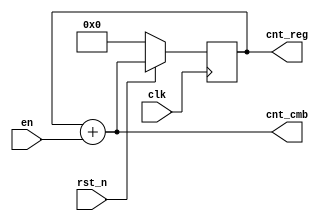
`timescale 1ns / 1ps

/*
Author: Michael Fallon

Design Name:  modn_counter
Tool Versions: Vivado 2020.2

Description: This is a binary to gray code conversion module. The input
is an unsigned binary number and the output is the gray code version.

The basic design is a binary counter which increments each clock cycle
that the enable bit is asserted. Note that this is a mod-n counter,
meaning that this design will increment until it reaches a value of
2**P_NUM_BITS - 1, at which point it rolls back over to zero.

The algorithm to convert to gray code is as follows:
    - The MSB is passed directly through
    - For all other bits, the gray code bit at index i can be found by
      XORing the ith bit in the binary counter with the ith+1 bit

    example: binary 1011 -> gray 1110
        bit 3: 1 -> 1       (MSB passed directly through)
        bit 2: 0 -> 0^1 = 1 (xor bits 2 and 3 from binary counter)
        bit 1: 1 -> 1^0 = 1 (xor bits 1 and 2 from binary counter)
        bit 0: 1 -> 1^1 = 0 (xor bits 0 and 1 from binary counter)

The output of the binary and gray counter is registered. The next binary
count is also made available combinationally to drive the synchronous read

Parameters
    P_NUM_BITS: the number of bits in the mod-n counter

*/

module modn_counter #(
    parameter   P_NUM_BITS = 8
    )(
    // Write domain
    input   wire                        clk,
    input   wire                        rst_n,
    input   wire                        en,
    output  wire    [P_NUM_BITS-1:0]    cnt_cmb,
    output  wire    [P_NUM_BITS-1:0]    cnt_reg
    );

    wire    [P_NUM_BITS-1:0]    cnt_next;
    reg     [P_NUM_BITS-1:0]    cnt_curr;

    assign cnt_next = cnt_curr + {{P_NUM_BITS-1{1'b0}}, en};

    assign cnt_cmb = cnt_next;
    assign cnt_reg = cnt_curr;


    always @(posedge clk) begin
        if (~rst_n) begin
            cnt_curr    <= 0;
        end

        else begin
            cnt_curr    <= cnt_next;
        end
    end
endmodule